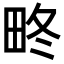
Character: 𤱞